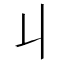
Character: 丩